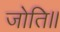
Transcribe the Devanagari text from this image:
जोति॥